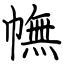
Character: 幠